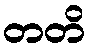
တတိ